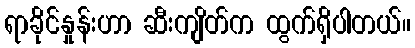
ရာခိုင်နှုန်းဟာ ဆီးကျိတ်က ထွက်ရှိပါတယ်။